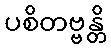
ပစိတဗ္ဗန္တိ